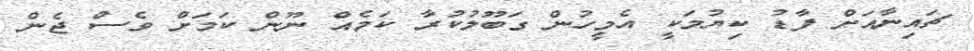
ޗައިނާއަށް ފާޑު ކިޔުމަކީ އެމީހުން ގަބޫލުކުރާ ކަމެއް ނޫން ކަމަށް ވެސް ޖެން